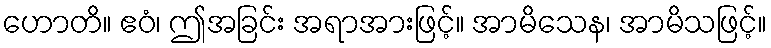
ဟောတိ။ ဧဝံ၊ ဤအခြင်း အရာအားဖြင့်။ အာမိသေန၊ အာမိသဖြင့်။